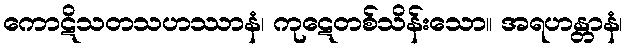
ကောဋိသတသဟဿာနံ၊ ကုဋေတစ်သိန်းသော။ အရဟန္တာနံ၊